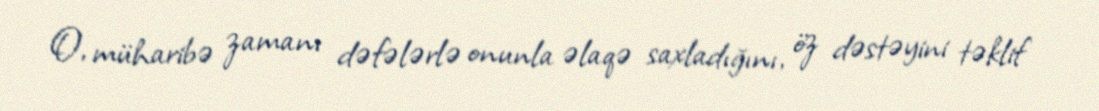
O, müharibə zamanı dəfələrlə onunla əlaqə saxladığını, öz dəstəyini təklif